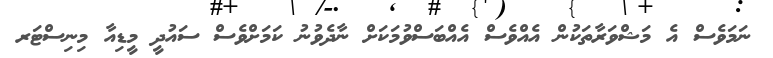
ނަމަވެސް އެ މަޝްވަރާތަކުން އެއްވެސް އެއްބަސްވުމަކަށް ނާދެވުނު ކަމަށްވެސް ސައުދީ މީޑިއާ މިނިސްޓަރ